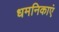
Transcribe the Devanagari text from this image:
धमनिकाएं